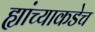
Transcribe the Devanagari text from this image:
ह्यांच्याकडेच